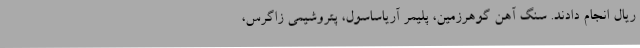
ریال انجام دادند. سنگ آهن گوهرزمین، پلیمر آریاساسول، پتروشیمی زاگرس،